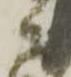
ニ